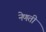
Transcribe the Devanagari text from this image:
नेणती